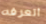
أتعرفه